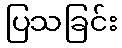
ပြသခြင်း